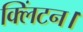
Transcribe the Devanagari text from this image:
क्लिंटन।